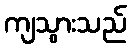
ကျသွားသည်